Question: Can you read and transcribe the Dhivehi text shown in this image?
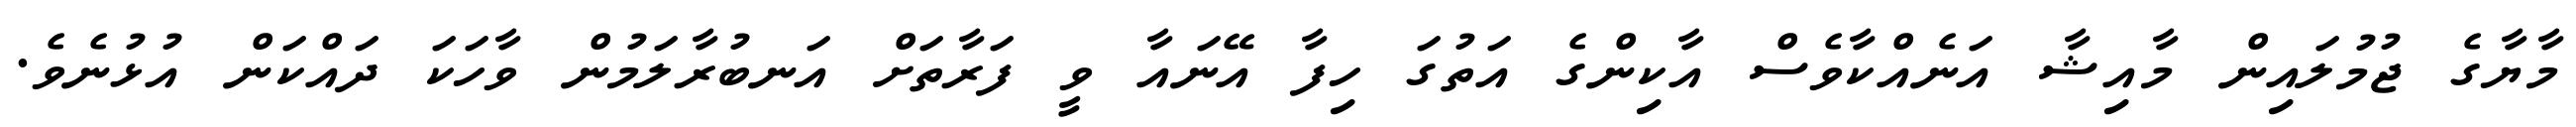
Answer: މާޔާގެ ޖުމުލައިން މާއިޝާ އަނެއްކާވެސް އާކިންގެ އަތުގަ ހިފާ އޭނައާ ވީ ފަރާތަށް އަނބުރާލަމުން ވާހަކަ ދައްކަން އުޅުނެވެ.